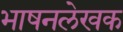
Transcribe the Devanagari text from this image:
भाषनलेखक